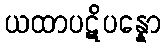
ယထာပဋိပန္နော